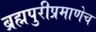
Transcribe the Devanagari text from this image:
ब्रह्मपुरीप्रमाणेच